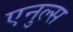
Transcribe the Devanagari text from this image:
एनुल्स